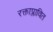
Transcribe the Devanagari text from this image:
रक्ताप्लावित